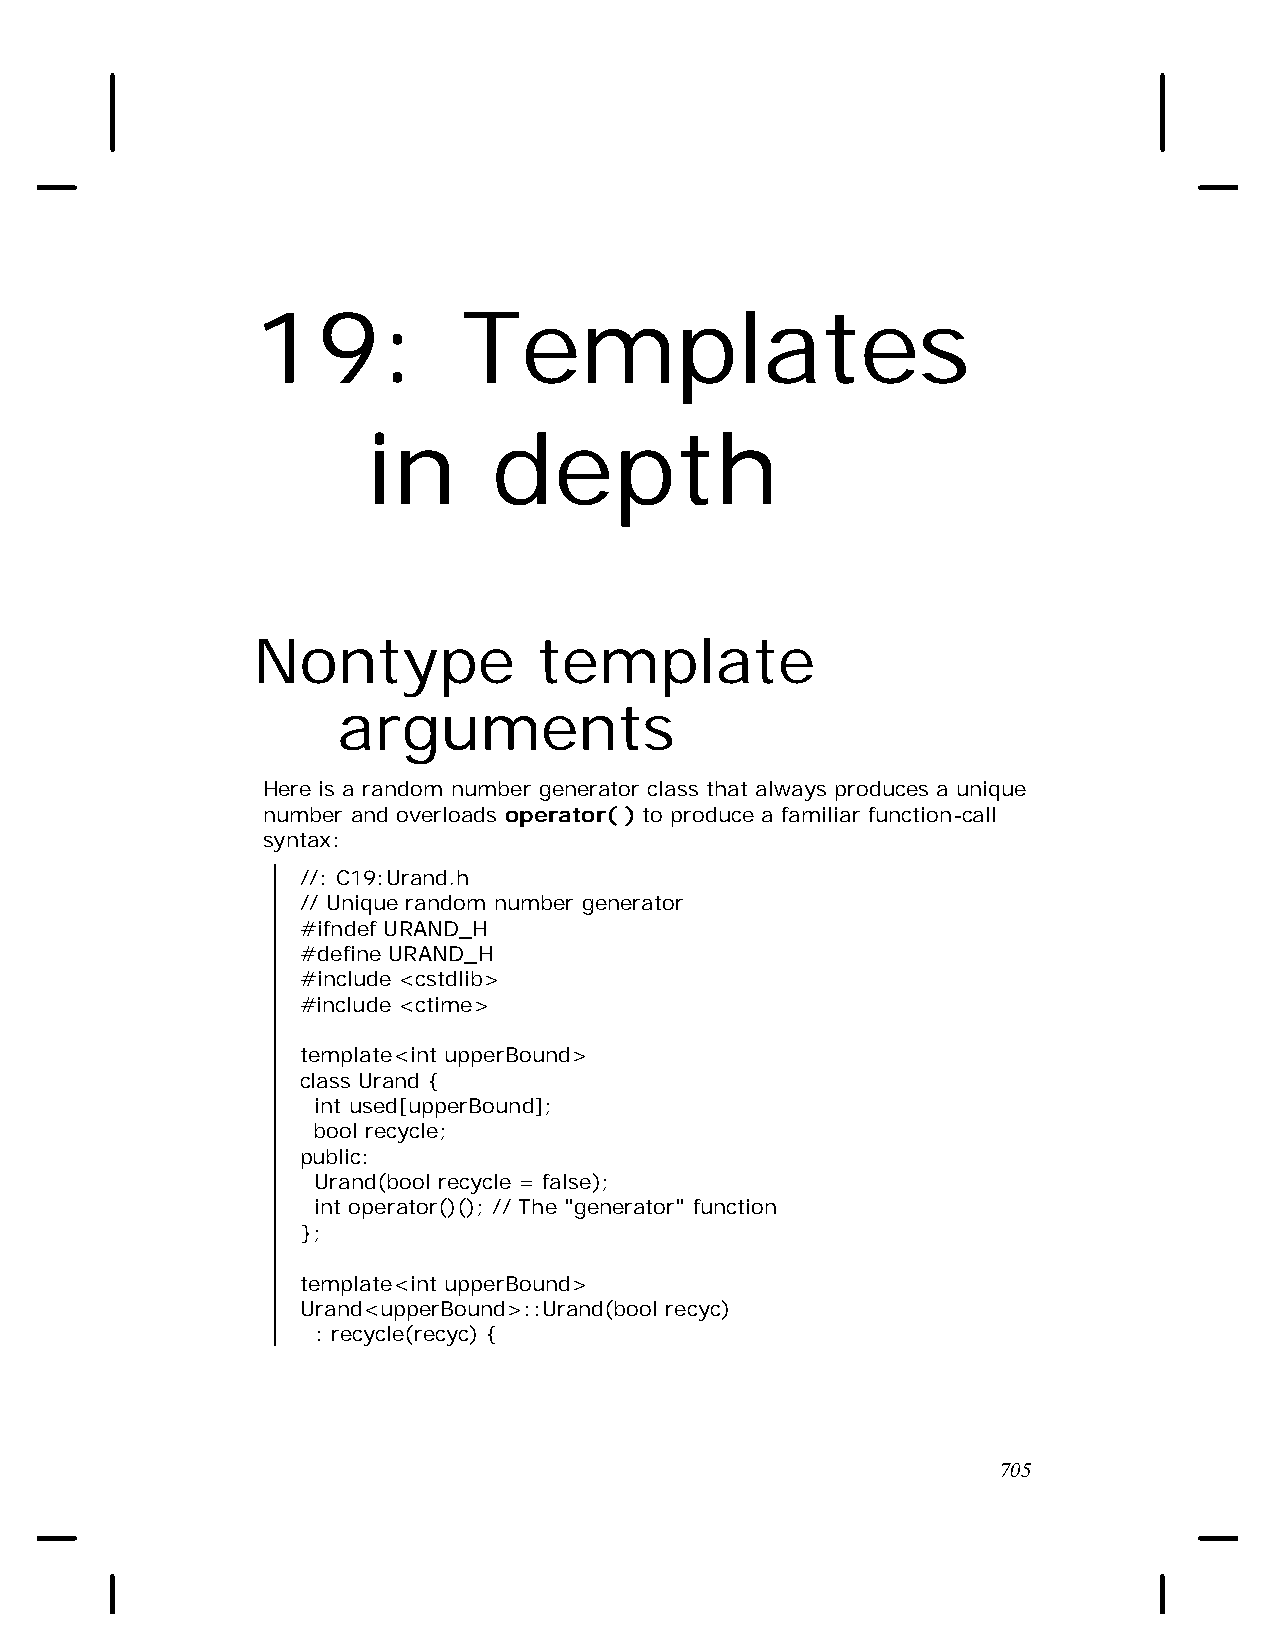
19:           Templates
 in       depth
 Nontype            template
 arguments
 Here is a random number generator class that always produces a unique
 number and overloads operator( ) to produce a familiar function-call
 syntax:
 //: C19:Urand.h
 // Unique random number generator
 #ifndef URAND_H
 #define URAND_H
 #include <cstdlib>
 #include <ctime>
 template<int upperBound>
 class Urand {
 int used[upperBound];
 bool recycle;
 public:
 Urand(bool recycle = false);
 int operator()(); // The "generator" function
 };
 template<int upperBound>
 Urand<upperBound>::Urand(bool recyc)
 : recycle(recyc) {
 705